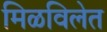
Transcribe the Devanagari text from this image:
मिळविलेत